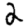
Digit: 2